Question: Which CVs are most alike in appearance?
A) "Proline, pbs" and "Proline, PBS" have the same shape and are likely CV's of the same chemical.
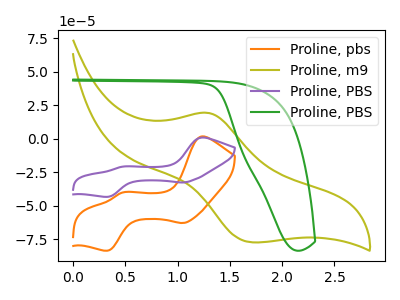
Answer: <think>The orange curve "Proline, pbs" has anodic peaks at (1.25V, 1.70uA) (0.45V, -40.15uA) and cathodic peaks at (1.05V, -62.85uA) (0.35V, -83.50uA). The olive curve "Proline, m9" has an anodic peak at (1.30V, 19.25uA) and a cathodic peak at (1.70V, -77.30uA). The purple curve "Proline, PBS" has anodic peaks at (1.25V, 0.90uA) (0.45V, -20.85uA) and cathodic peaks at (1.05V, -32.60uA) (0.35V, -43.35uA). The green curve "Proline, PBS" has no peaks.
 "Proline, pbs" and "Proline, m9" have a different number of peaks. All the peaks in "Proline, pbs" have a peak in "Proline, PBS" at the same potential. "Proline, pbs" and "Proline, PBS" have a different number of peaks. "Proline, m9" and "Proline, PBS" have a different number of peaks. "Proline, m9" and "Proline, PBS" have a different number of peaks. "Proline, PBS" and "Proline, PBS" have a different number of peaks.</think>
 <answer>A) "Proline, pbs" and "Proline, PBS" have the same shape and are likely CV's of the same chemical.</answer>
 <eval>A</eval>